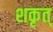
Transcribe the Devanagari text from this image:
शकृत्